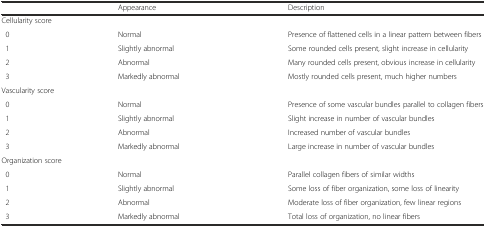
|  | Appearance | Description |
 | --- | --- | --- |
 | <COLSPAN=3> Cellularity score |
 | 0 | Normal | Presence of flattened cells in a linear pattern between fibers |
 | 1 | Slightly abnormal | Some rounded cells present, slight increase in cellularity |
 | 2 | Abnormal | Many rounded cells present, obvious increase in cellularity |
 | 3 | Markedly abnormal | Mostly rounded cells present, much higher numbers |
 | <COLSPAN=3> Vascularity score |
 | 0 | Normal | Presence of some vascular bundles parallel to collagen fibers |
 | 1 | Slightly abnormal | Slight increase in number of vascular bundles |
 | 2 | Abnormal | Increased number of vascular bundles |
 | 3 | Markedly abnormal | Large increase in number of vascular bundles |
 | <COLSPAN=3> Organization score |
 | 0 | Normal | Parallel collagen fibers of similar widths |
 | 1 | Slightly abnormal | Some loss of fiber organization, some loss of linearity |
 | 2 | Abnormal | Moderate loss of fiber organization, few linear regions |
 | 3 | Markedly abnormal | Total loss of organization, no linear fibers |